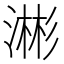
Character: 𬈥